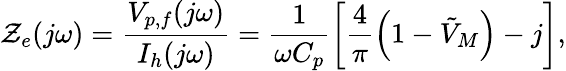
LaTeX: {\mathcal{Z}_{e}}(j\omega)=\frac{{{{V_{p,f}}(j\omega)}}}{{{{I_{h}}(j\omega)}}}=\frac{{1}}{{{\omega{C_{p}}}}}\left[\frac{{4}}{{\pi}}\left(1-\tilde{{V}}_{M}\right)-j\right],